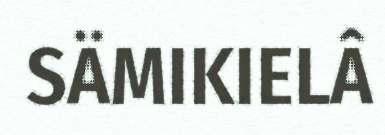
SÄMIKIELÂ